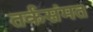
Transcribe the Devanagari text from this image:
तर्कसंमत